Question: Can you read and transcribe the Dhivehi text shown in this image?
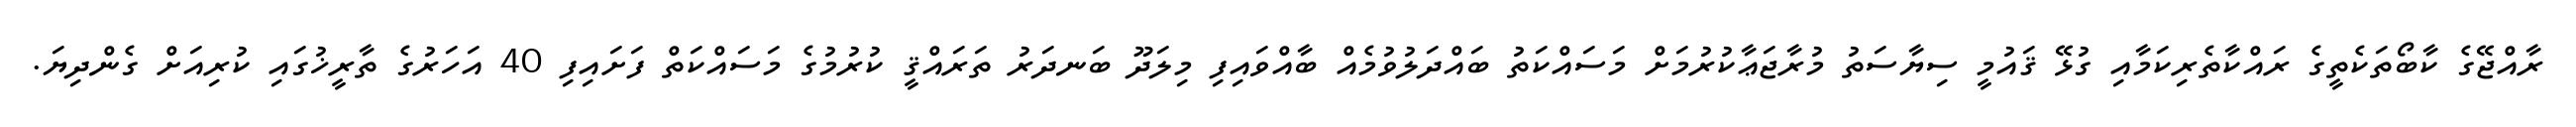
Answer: ރާއްޖޭގެ ކާބޯތަކެތީގެ ރައްކާތެރިކަމާއި ގުޅޭ ޤައުމީ ސިޔާސަތު މުރާޖަޢާކުރުމަށް މަސައްކަތު ބައްދަލުވުމެއް ބާއްވައިފި މިލަދޫ ބަނދަރު ތަރައްޤީ ކުރުމުގެ މަސައްކަތް ފަށައިފި 40 އަހަރުގެ ތާރީޚުގައި ކުރިއަށް ގެންދިޔަ.